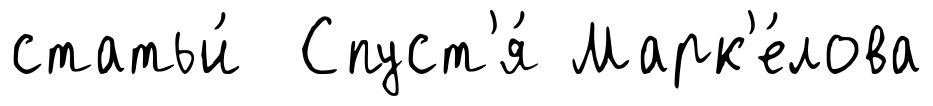
статьи́ Спуст'я́ Марк'е́лова